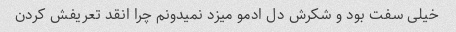
خیلی سفت بود و شکرش دل ادمو میزد نمیدونم چرا انقد تعریفش کردن